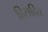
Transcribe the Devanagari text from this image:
हिसहित